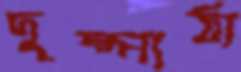
দুষ্পাঠ্য